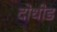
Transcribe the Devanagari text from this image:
दोधीड